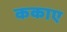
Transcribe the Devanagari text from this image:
ककाए